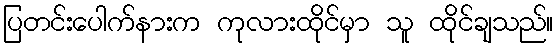
ပြတင်းပေါက်နားက ကုလားထိုင်မှာ သူ ထိုင်ချသည်။